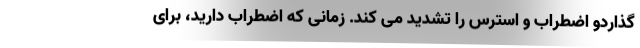
گذاردو اضطراب و استرس را تشدید می کند. زمانی که اضطراب دارید، برای